Leaving Certificate Examination (including Day School Certificate (Higher) General paper), 1935
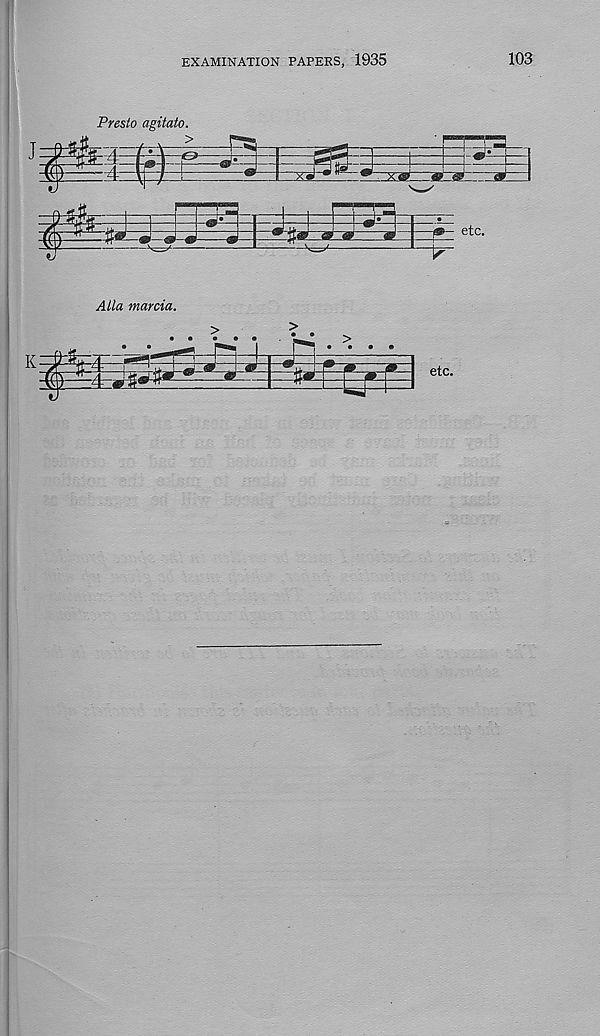
EXAMINATION PAPERS, 1935
103
Presto agitato.
X<g er® m
s-
3^^
-fg- etc.
yl//a marcia.
Siiii
>
>
etc.